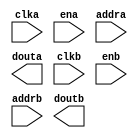
module bios_mem(
	clka,
	ena,
	addra,
	douta,
	clkb,
	enb,
	addrb,
	doutb);


input clka;
input ena;
input [11 : 0] addra;
output [31 : 0] douta;
input clkb;
input enb;
input [11 : 0] addrb;
output [31 : 0] doutb;

// synthesis translate_off

      BLK_MEM_GEN_V4_3 #(
		.C_ADDRA_WIDTH(12),
		.C_ADDRB_WIDTH(12),
		.C_ALGORITHM(1),
		.C_BYTE_SIZE(9),
		.C_COMMON_CLK(1),
		.C_DEFAULT_DATA("0"),
		.C_DISABLE_WARN_BHV_COLL(0),
		.C_DISABLE_WARN_BHV_RANGE(0),
		.C_FAMILY("virtex5"),
		.C_HAS_ENA(1),
		.C_HAS_ENB(1),
		.C_HAS_INJECTERR(0),
		.C_HAS_MEM_OUTPUT_REGS_A(0),
		.C_HAS_MEM_OUTPUT_REGS_B(0),
		.C_HAS_MUX_OUTPUT_REGS_A(0),
		.C_HAS_MUX_OUTPUT_REGS_B(0),
		.C_HAS_REGCEA(0),
		.C_HAS_REGCEB(0),
		.C_HAS_RSTA(0),
		.C_HAS_RSTB(0),
		.C_HAS_SOFTECC_INPUT_REGS_A(0),
		.C_HAS_SOFTECC_OUTPUT_REGS_B(0),
		.C_INITA_VAL("0"),
		.C_INITB_VAL("0"),
		.C_INIT_FILE_NAME("bios_mem.mif"),
		.C_LOAD_INIT_FILE(1),
		.C_MEM_TYPE(4),
		.C_MUX_PIPELINE_STAGES(0),
		.C_PRIM_TYPE(1),
		.C_READ_DEPTH_A(4096),
		.C_READ_DEPTH_B(4096),
		.C_READ_WIDTH_A(32),
		.C_READ_WIDTH_B(32),
		.C_RSTRAM_A(0),
		.C_RSTRAM_B(0),
		.C_RST_PRIORITY_A("CE"),
		.C_RST_PRIORITY_B("CE"),
		.C_RST_TYPE("SYNC"),
		.C_SIM_COLLISION_CHECK("ALL"),
		.C_USE_BYTE_WEA(0),
		.C_USE_BYTE_WEB(0),
		.C_USE_DEFAULT_DATA(0),
		.C_USE_ECC(0),
		.C_USE_SOFTECC(0),
		.C_WEA_WIDTH(1),
		.C_WEB_WIDTH(1),
		.C_WRITE_DEPTH_A(4096),
		.C_WRITE_DEPTH_B(4096),
		.C_WRITE_MODE_A("WRITE_FIRST"),
		.C_WRITE_MODE_B("WRITE_FIRST"),
		.C_WRITE_WIDTH_A(32),
		.C_WRITE_WIDTH_B(32),
		.C_XDEVICEFAMILY("virtex5"))
	inst (
		.CLKA(clka),
		.ENA(ena),
		.ADDRA(addra),
		.DOUTA(douta),
		.CLKB(clkb),
		.ENB(enb),
		.ADDRB(addrb),
		.DOUTB(doutb),
		.RSTA(),
		.REGCEA(),
		.WEA(),
		.DINA(),
		.RSTB(),
		.REGCEB(),
		.WEB(),
		.DINB(),
		.INJECTSBITERR(),
		.INJECTDBITERR(),
		.SBITERR(),
		.DBITERR(),
		.RDADDRECC());


// synthesis translate_on

endmodule